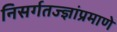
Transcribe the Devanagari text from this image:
निसर्गतज्ज्ञांप्रमाणे